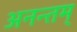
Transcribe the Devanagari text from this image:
अनन्तम्